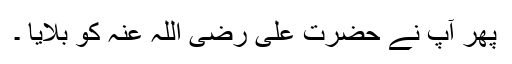
پھر آپ نے حضرت علی رضی اللہ عنہ کو بلایا ۔